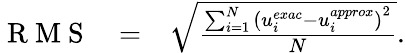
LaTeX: \begin{array}{rcl}{\mathrm{~R~M~S~}}&{=}&{\sqrt{\frac{\sum_{i=1}^{N}\left(u_{i}^{exac}-u_{i}^{approx}\right)^{2}}{N}}.}\end{array}